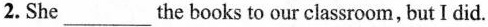
2. She ___ the books to our classroom,but I did.